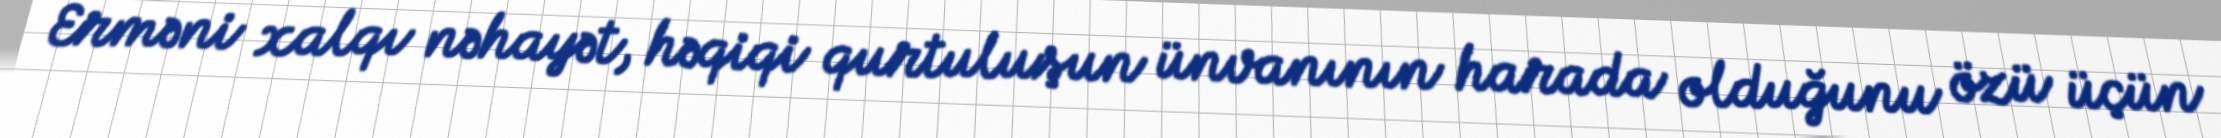
Erməni xalqı nəhayət, həqiqi qurtuluşun ünvanının harada olduğunu özü üçün